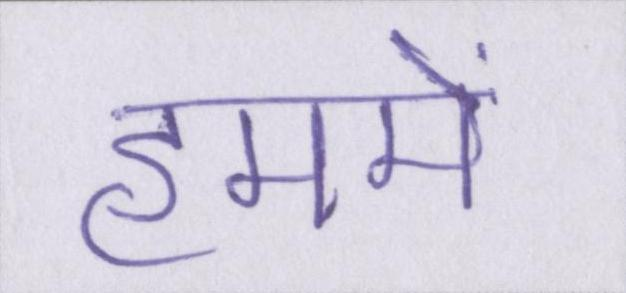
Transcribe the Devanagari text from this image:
हममें